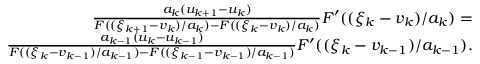
\begin{array} { r } { \frac { a _ { k } ( u _ { k + 1 } - u _ { k } ) } { F ( ( \xi _ { k + 1 } - v _ { k } ) / a _ { k } ) - F ( ( \xi _ { k } - v _ { k } ) / a _ { k } ) } F ^ { \prime } ( ( \xi _ { k } - v _ { k } ) / a _ { k } ) = } \\ { \frac { a _ { k - 1 } ( u _ { k } - u _ { k - 1 } ) } { F ( ( \xi _ { k } - v _ { k - 1 } ) / a _ { k - 1 } ) - F ( ( \xi _ { k - 1 } - v _ { k - 1 } ) / a _ { k - 1 } ) } F ^ { \prime } ( ( \xi _ { k } - v _ { k - 1 } ) / a _ { k - 1 } ) . } \end{array}